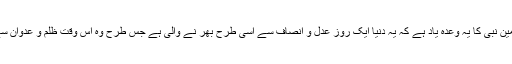
ہمیں اپنے صادق و امین نبی کا یہ وعدہ یاد ہے کہ یہ دنیا ایک روز عدل و انصاف سے اسی طرح بھر نے والی ہے جس طرح وہ اس وقت ظلم و عدوان سے بھری ہوئی ہوگی۔